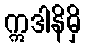
ဣဒါနိမှိ